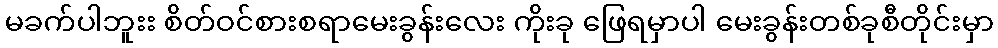
မခက်ပါဘူးး စိတ်ဝင်စားစရာမေးခွန်းလေး ကိုးခု ဖြေရမှာပါ မေးခွန်းတစ်ခုစီတိုင်းမှာ